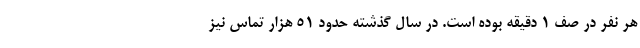
هر نفر در صف ۱ دقیقه بوده است. در سال گذشته حدود ۵۱ هزار تماس نیز